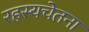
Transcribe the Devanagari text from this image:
रहस्यचेतना